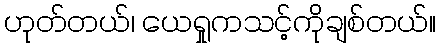
ဟုတ်တယ်၊ ယေရှုကသင့်ကိုချစ်တယ်။